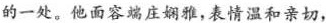
的一处。他面容端庄娴雅，表情温和亲切，